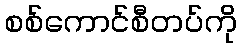
စစ်ကောင်စီတပ်ကို